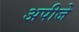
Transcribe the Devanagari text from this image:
अपीजे